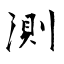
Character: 測